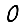
Digit: 0